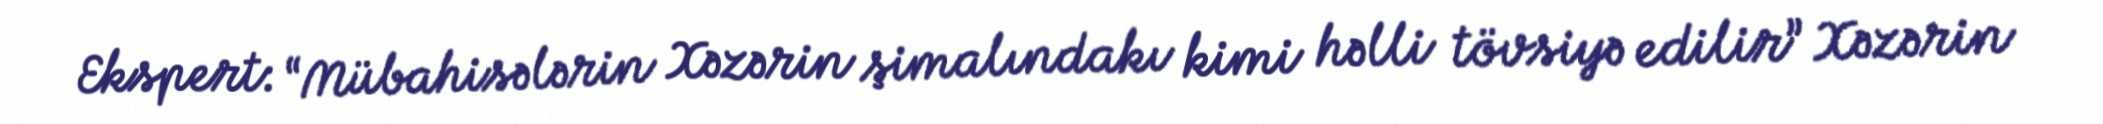
Ekspert: “Mübahisələrin Xəzərin şimalındakı kimi həlli tövsiyə edilir” Xəzərin